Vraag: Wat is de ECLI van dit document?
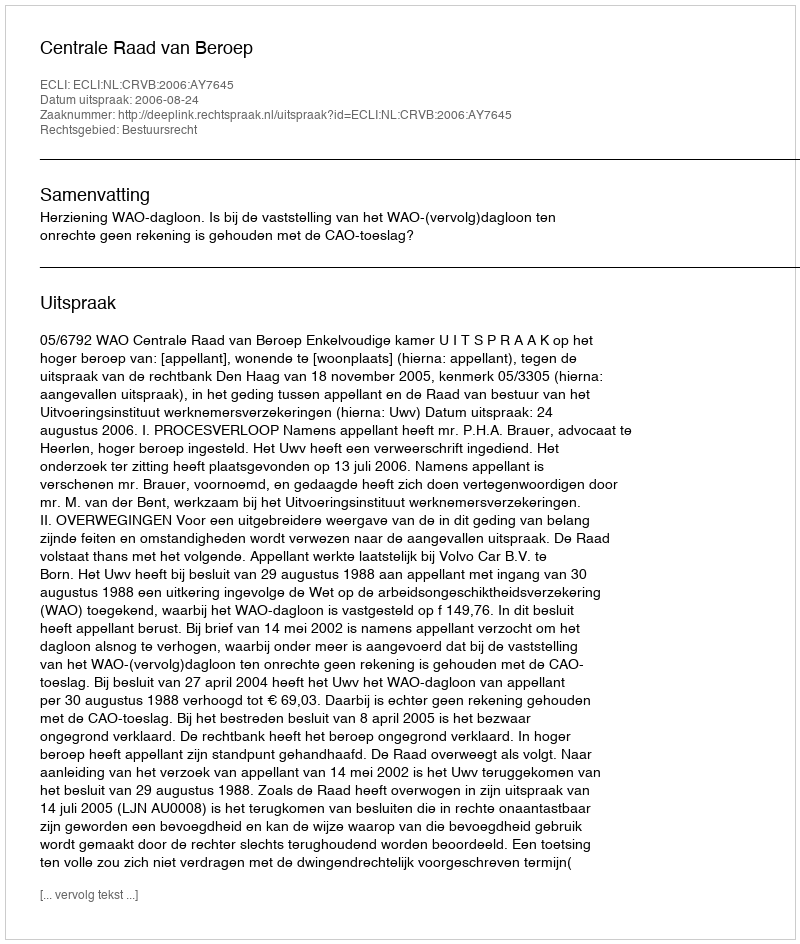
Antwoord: ECLI:NL:CRVB:2006:AY7645